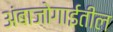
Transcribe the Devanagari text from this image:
अंबाजोगाईतील